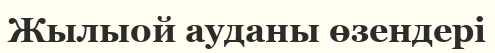
Жылыой ауданы өзендері